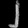
Digit: ၂